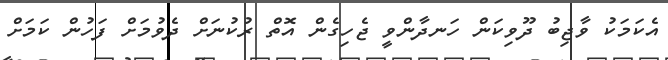
އެކަމަކު ވާޖިބު ދޫވިކަން ހަނދާންވީ ޖެހިގެން އޮތް ރުކުނަށް ދެވުމަށް ފަހުން ކަމަށް